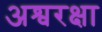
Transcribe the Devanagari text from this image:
अश्वरक्षा